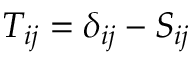
T _ { i j } = \delta _ { i j } - S _ { i j }